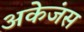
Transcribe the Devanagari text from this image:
अकेजंस